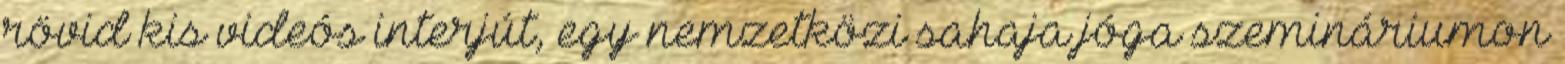
rövid kis videós interjút, egy nemzetközi sahaja jóga szemináriumon